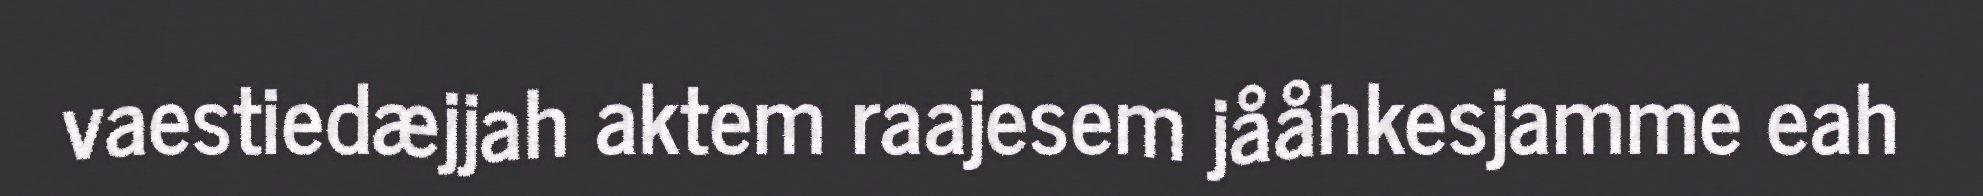
vaestiedæjjah aktem raajesem jååhkesjamme eah